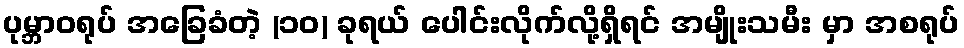
ပုမ္ဘာဝရုပ် အခြေခံတဲ့ (၁၀) ခုရယ် ပေါင်းလိုက်လို့ရှိရင် အမျိုးသမီး မှာ အစရုပ်